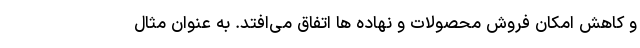
و کاهش امکان فروش محصولات و نهاده ها اتفاق می‌افتد. به عنوان مثال